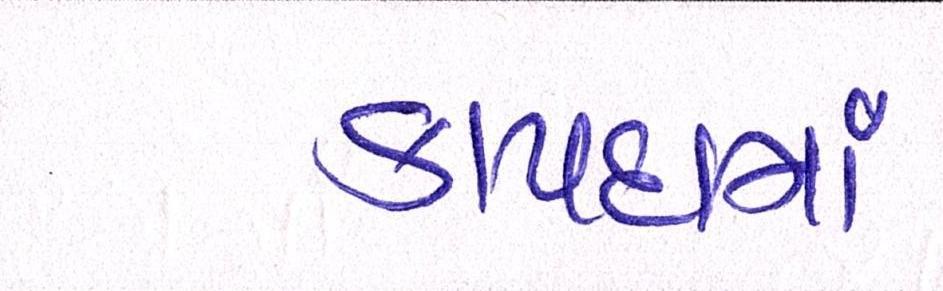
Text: કાયદામાં